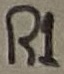
Text: R1